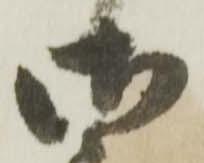
御